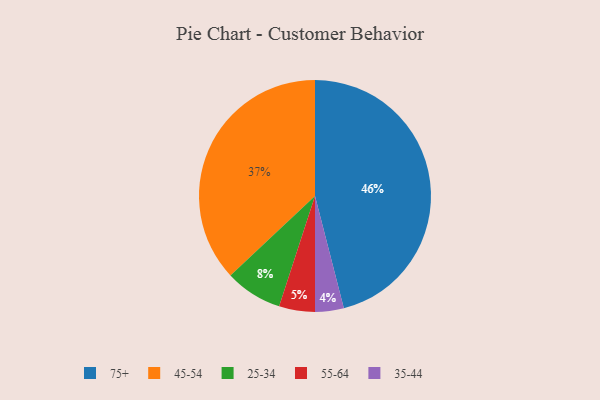
{"axis": {"x": "Category", "y": "Percentage"}, "legend": ["25-34", "35-44", "45-54", "55-64", "75+"], "data": [{"x": "55-64", "y": 5, "type": "55-64"}, {"x": "25-34", "y": 8, "type": "25-34"}, {"x": "75+", "y": 46, "type": "75+"}, {"x": "35-44", "y": 4, "type": "35-44"}, {"x": "45-54", "y": 37, "type": "45-54"}]}